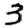
Digit: 3